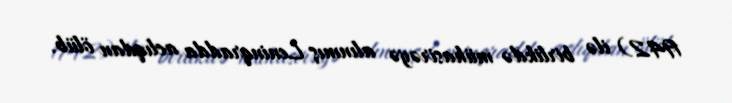
1942) ilə birlikdə mühasirəyə alınmış Leninqradda aclıqdan ölüb.